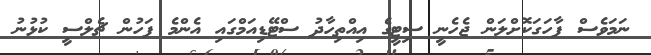
ނަމަވެސް ފާހަގަކޮށްލަން ޖެހެނީ ސިޓީގެ އިއްތިހާދު ސްޓޭޑިއަމްގައި އެންމެ ފަހުން ޗެލްސީ ކުޅުނު